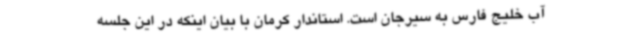
آب خلیج فارس به سیرجان است. استاندار کرمان با بیان اینکه در این جلسه